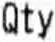
QTY